Report on sanitation, dispensaries, and jails in Rajputana for 1920, and on vaccination for the year 1920-1921 - 1920-1921
Year: 1920
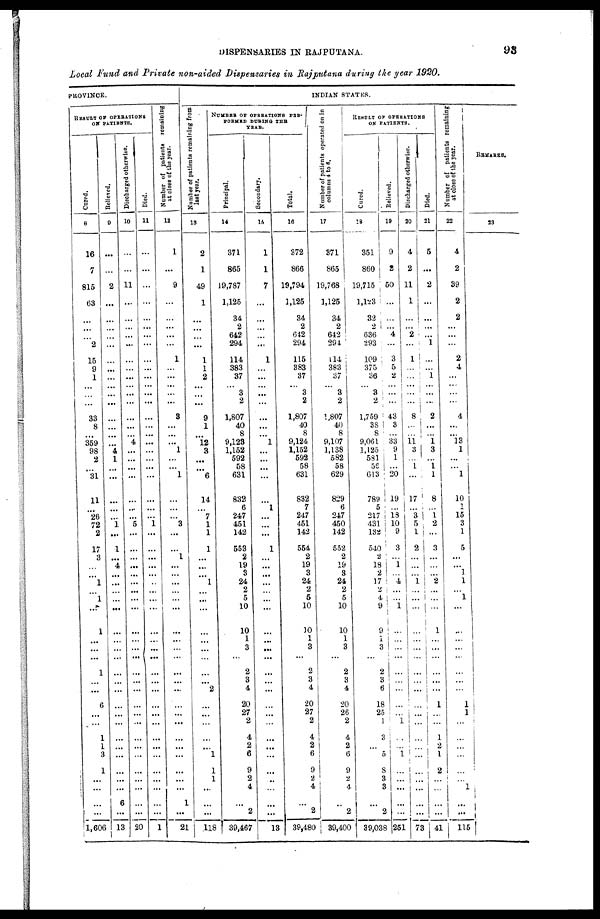
DISPENSARIES IN RAJPUTANA.
93
Local Fund and Private non-aided Dispensaries in Rajputana during the year 1920.
PROVINCE.
RESULT OF OPERATIONS
ON PATIENTS
Cured.
8
16
7
815
63
...
...
...
2
15
9
1
...
...
...
33
8
...
359
98
2
...
31
11
...
26
72
2
17
3
...
...
1
...
1
...
1
...
...
...
1
...
...
6
...
...
1
1
3
1
...
...
...
...
1,606
Relieved.
9
...
...
2
...
...
...
...
...
...
...
...
...
...
...
...
...
...
...
4
1
...
...
...
...
...
1
...
1
...
4
...
...
...
...
...
...
...
...
...
...
...
...
...
...
...
...
...
...
...
...
...
6
...
13
Discharged otherwise.
10
...
...
11
...
...
...
...
...
...
...
...
...
...
...
...
...
...
4
...
...
...
...
...
...
...
5
...
...
...
...
...
...
...
...
...
...
...
...
...
...
...
...
...
...
...
...
...
...
...
...
...
...
...
20
Died.
11
...
...
...
...
...
...
...
...
...
...
...
...
...
...
...
...
...
...
...
...
...
...
...
...
...
1
...
...
...
...
...
...
...
...
...
...
...
...
...
...
...
...
...
...
...
...
...
...
...
...
...
...
...
1
N umber of patients remaining
at close of the year.
12
1
...
9
...
...
...
...
...
1
...
...
...
...
...
3
...
...
...
1
...
...
1
...
...
...
3
...
...
1
...
...
...
...
...
...
...
...
...
...
...
...
...
...
...
...
...
...
...
...
...
...
1
...
21
INDIAN STATUS.
Number of patients remaining from
last year.
13
2
1
49
1
...
...
...
...
1
1
2
...
...
...
9
1
...
12
3
...
...
6
14
...
7
1
1
1
...
...
...
1
...
...
...
...
...
...
...
...
...
2
...
...
...
...
...
1
1
1
...
...
...
118
NUMBER OF OPERATIONS PER-
FORMED DURING THE
YEAR.
Principal.
14
371
865
19,787
1,125
34
2
642
294
114
383
37
...
3
2
1,807
40
8
9,123
1,152
592
58
631
832
6
247
451
142
553
2
19
3
24
2
5
10
10
1
3
...
2
3
4
20
27
2
4
2
6
9
2
4
...
2
39,467
Secondary.
15
1
1
7
...
...
...
...
...
1
...
...
...
...
...
...
...
...
1
...
...
...
...
...
1
...
...
...
1
...
...
...
...
...
...
...
...
...
...
...
...
...
...
...
...
...
...
...
...
...
...
...
...
...
13
Total.
16
372
866
19,794
1,125
34
2
642
294
115
383
37
...
3
2
1,807
40
8
9,124
1,152
592
58
631
832
7
247
451
142
554
2
19
3
24
2
5
10
10
1
3
...
2
3
4
20
27
2
4
2
6
9
2
4
...
2
39,480
Number of patients operated on in
columns 4 to 6.
17
371
865
19,768
1,125
34
2
642
294
114
383
37
...
3
2
1,807
40
8
9,107
1,138
582
58
629
829
6
247
450
142
552
2
19
3
24
2
5
10
10
1
3
...
2
3
4
20
26
2
4
2
6
9
2
4
..
2
39,400
RESULT OF OPERATIONS
ON PATIENTS.
Cured.
18
351
860
19,715
1,123
32
2
636
293
109
375
36
...
3
2
1,759
38
8
9,061
1,125
581
56
613
789
5
217
431
132
540
2
18
2
17
2
4
9
9
1
3
...
2
3
6
18
25
1
3
...
5
8
3
3
...
2
39,038
Relieved.
19
9
2
50
...
...
...
4
...
3
5
2
...
...
...
43
3
...
33
9
1
...
20
19
...
18
10
9
3
...
1
...
...
...
...
1
...
...
...
...
...
...
...
...
...
1
...
...
1
...
...
...
...
...
251
Discharged otherwise.
20
4
2
11
1
...
...
2
...
1
...
...
...
...
8
...
...
11
3
...
1
...
17
...
3
5
1
2
...
...
...
1
...
...
...
...
...
...
...
...
...
...
...
...
...
...
...
...
...
...
...
...
...
73
Died.
21
5
...
2
...
...
...
...
1
...
...
1
...
...
...
2
...
...
1
3
...
1 1
8
...
1
2
...
3
...
...
...
2
...
...
...
1
...
...
...
...
...
...
1
...
...
1
2
1
2
...
...
...
...
41
Number of patients remaining
at close of the year.
22
4
2
39
2
2
...
...
...
2
4
...
...
...
...
4
...
...
13
1
...
...
1
10
1
15
3
1
5
...
...
1
1
...
1
...
...
...
...
...
...
...
...
1
1
...
...
...
...
...
...
1
...
...
115
REMARKS.
23